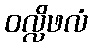
ဝလ္လိဖလံ